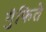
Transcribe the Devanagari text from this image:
गुंफिते